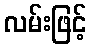
လမ်းဖြင့်